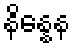
နိန္နေန